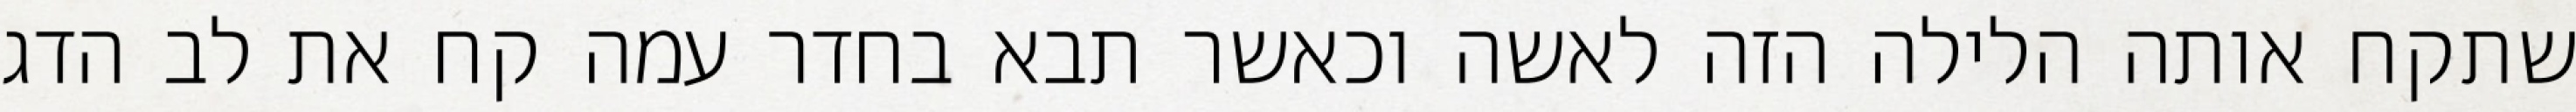
שתקח אותה הלילה הזה לאשה וכאשר תבא בחדר עמה קח את לב הדג